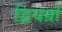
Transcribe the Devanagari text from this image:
द्वियग्रों